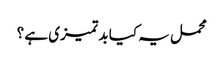
محمل یہ کیا بد تمیزی ہے ؟